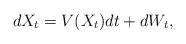
LaTeX: \begin{align*}dX_t=V(X_t)dt+dW_t,\end{align*}